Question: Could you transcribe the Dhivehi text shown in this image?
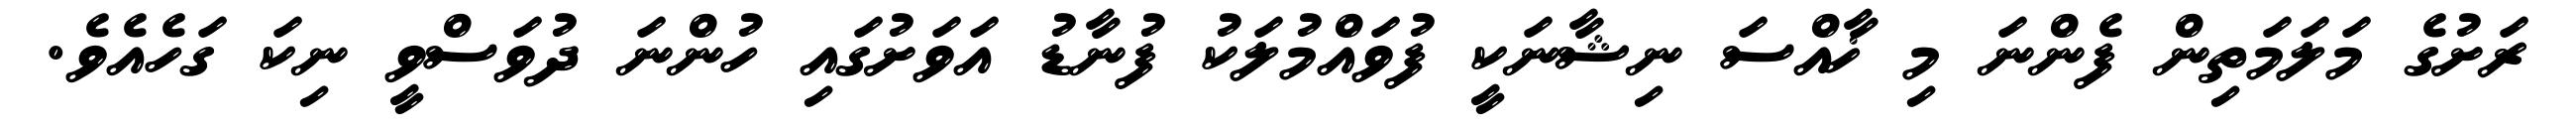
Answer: ރަށުގެ މަލަމަތިން ފެންނަ މި ޚާއްސަ ނިޝާނަކީ ފުވައްމުލަކު ފުނާޑު އަވަށުގައި ހުންނަ ދުވަސްވީ ނިކަ ގަހެއެވެ.